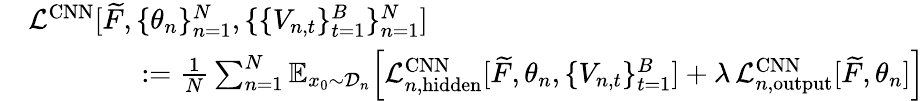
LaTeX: \begin{array}{rl}&{\mathcal{L}^{\mathrm{CNN}}[\widetilde{F},\{ \theta_{n}\} _{n=1}^{N},\{ \{ V_{n,t}\} _{t=1}^{B}\} _{n=1}^{N}]}\\ &{\qquad\qquad:=\frac{1}{N}\sum_{n=1}^{N}\mathbb{E}_{x_{0}\sim\mathcal{D}_{n}}\! \left[\mathcal{L}_{n,\mathrm{hidden}}^{\mathrm{CNN}}[\widetilde{F},\theta_{n},\{ V_{n,t}\} _{t=1}^{B}]+\lambda\, \mathcal{L}_{n,\mathrm{output}}^{\mathrm{CNN}}[\widetilde{F},\theta_{n}]\right]}\end{array}